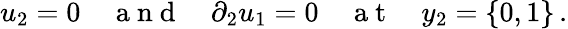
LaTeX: u_{2}=0\quad\mathrm{~a~n~d~}\quad\partial_{2}u_{1}=0\quad\mathrm{~a~t~}\quad y_{2}=\{ 0,1\} \, .